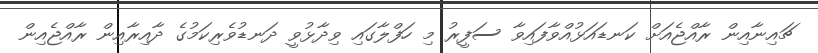
ޗައިނާއިން ރާއްޖެއަށް ކަނޑައަޅުއްވާފައިވާ ސަފީރު މި ހަފްލާގައި ވިދާޅުވީ ދަނޑުވެރިކަމުގެ ދާއިރާއިން ރާއްޖެއިން